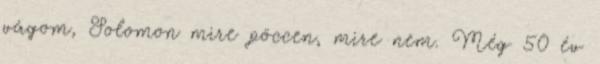
vágom, Solomon mire pöccen, mire nem. Még 50 év